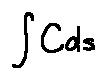
\int C d s